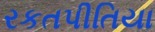
રકતપીતિયા